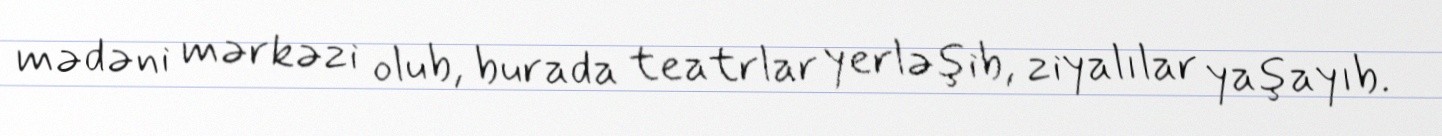
mədəni mərkəzi olub, burada teatrlar yerləşib, ziyalılar yaşayıb.